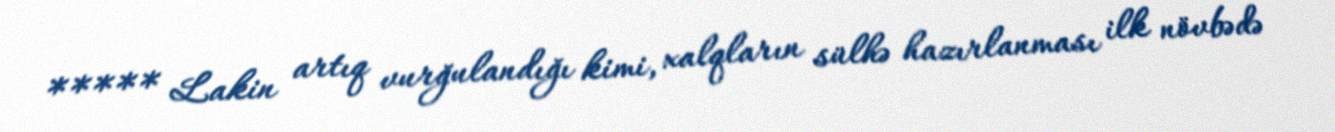
***** Lakin artıq vurğulandığı kimi, xalqların sülhə hazırlanması ilk növbədə